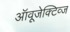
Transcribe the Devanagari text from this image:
ऑवूजेक्टिव्ज